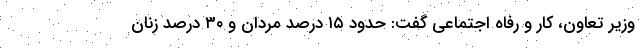
وزیر تعاون، کار و رفاه اجتماعی گفت: حدود ۱۵ درصد مردان و ۳۰ درصد زنان